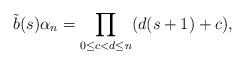
LaTeX: \begin{align*}\tilde b (s) \alpha_n = \prod_{0 \leq c < d \leq n} (d(s+1) + c),\end{align*}